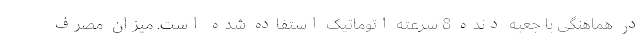
در هماهنگی با جعبه دنده 8 سرعته اتوماتیک استفاده شده است. میزان مصرف